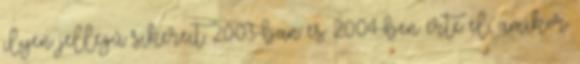
ilyen jellegû sikereit 2003-ban és 2004-ben érte el, amikor